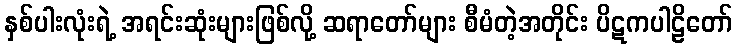
နှစ်ပါးလုံးရဲ့ အရင်းဆုံးများဖြစ်လို့ ဆရာတော်များ စီမံတဲ့အတိုင်း ပိဋကပါဠိတော်